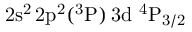
\mathrm { 2 s ^ { 2 } \, 2 p ^ { 2 } ( ^ { 3 } P ) \, 3 d ~ ^ { 4 } P _ { 3 / 2 } }